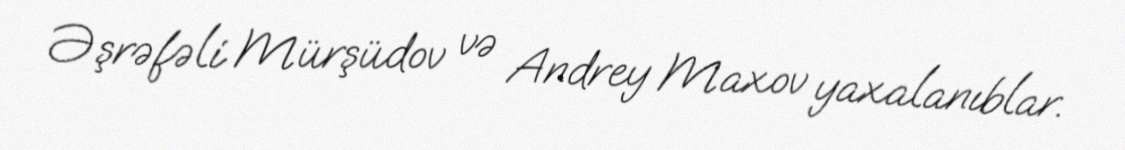
Əşrəfəli Mürşüdov və Andrey Maxov yaxalanıblar.